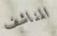
المناشف